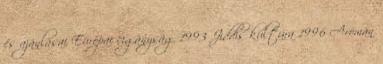
és ajánlásai Európai cigányság 1993 Jiddis kultúra 1996 Aromán